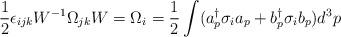
LaTeX: \begin{align*}\frac{1}{2} \epsilon_{ijk} W^{-1} \Omega_{jk} W = \Omega_{i} = \frac{1}{2} \int (a_{p}^{\dag} \sigma_{i} a_{p} + b_{p}^{\dag} \sigma_{i} b_{p})d^{3}p\end{align*}